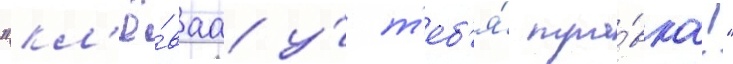
"кл'ё́ваа у́ т'еб'я́ тра́вка!"